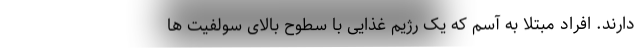
دارند. افراد مبتلا به آسم که یک رژیم غذایی با سطوح بالای سولفیت ها